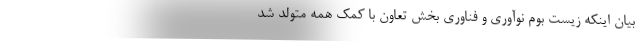
بیان اینکه زیست بوم نوآوری و فناوری بخش تعاون با کمک همه متولد شد